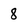
Character: 8